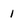
Character: 1